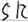
Text: SR